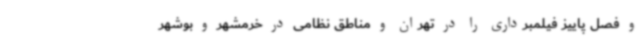
و فصل پاییز فیلمبرداری را در تهران و مناطق نظامی در خرمشهر و بوشهر